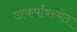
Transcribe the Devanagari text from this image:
उत्कर्षावस्थेत